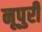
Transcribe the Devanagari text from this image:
नूपुरी